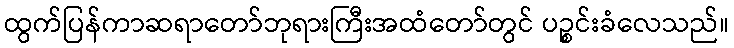
ထွက်ပြန်ကာဆရာတော်ဘုရားကြီးအထံတော်တွင် ပဉ္စင်းခံလေသည်။